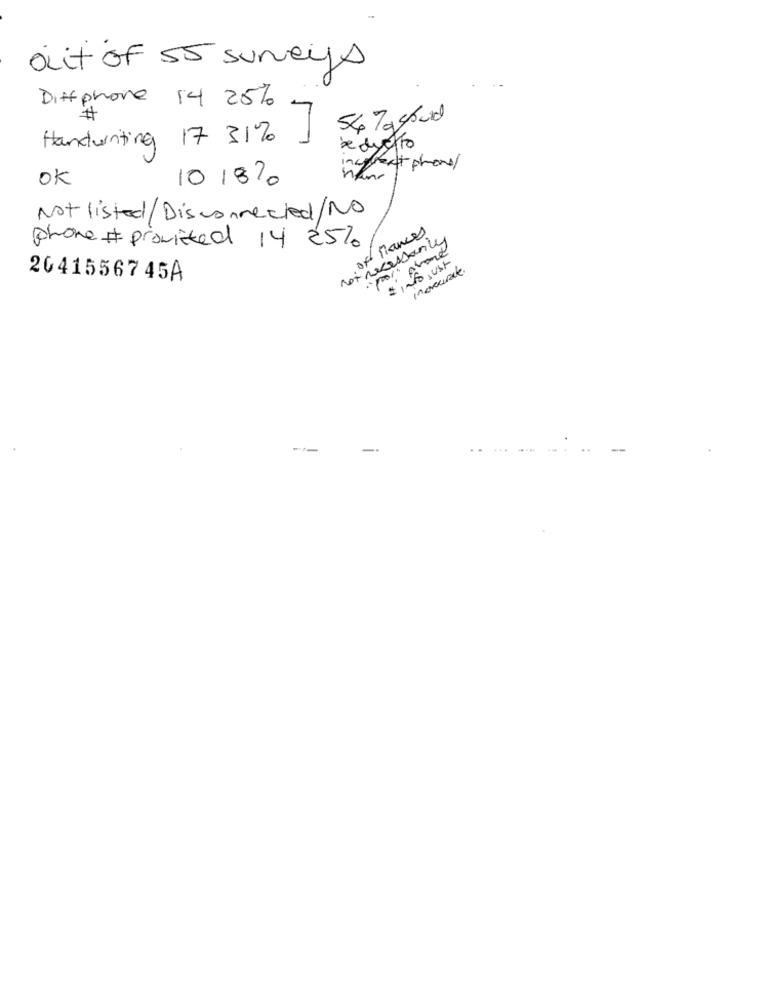
oit of 55 surveys
0
Diffphone 14 25%
#
54 Taskund
Handwriting 17 31%
dueto
incent phone/
OK
10/820
Not listed/Disconnected/NO
of Mances
not necessarily
phone # provided 14 25%
* INS , ust
invecerate
20415567 45A